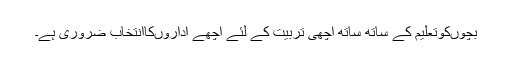
بچوںکوتعلیم کے ساتھ ساتھ اچھی تربیت کے لئے اچھے اداروںکاانتخاب ضروری ہے۔